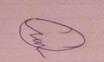
Signature authenticity: forged